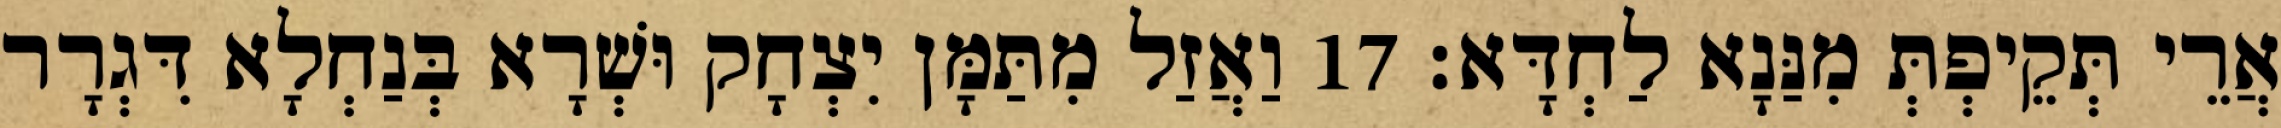
אֲרֵי תְּקֵיפְתְּ מִנַּנָא לַחְדָּא׃ 17 וַאֲזַל מִתַּמָּן יִצְחָק וּשְׁרָא בְּנַחְלָא דִּגְרָר